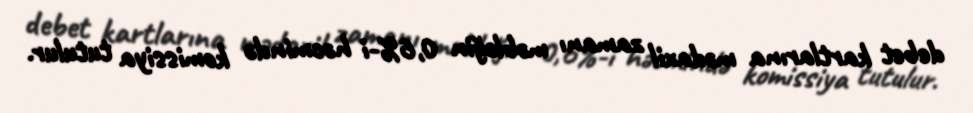
debet kartlarına mədaxil zamanı məbləğin 0,6%-i həcmində komissiya tutulur.